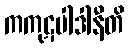
ကကုဋပါဒါနီတိ